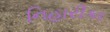
નિહારીકા